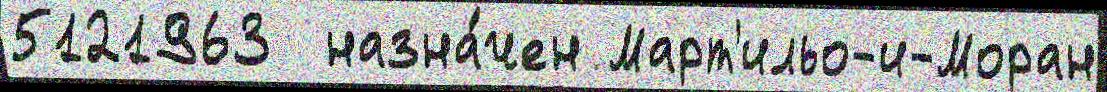
5121963  назна́чен Март'ильо-и-Моран